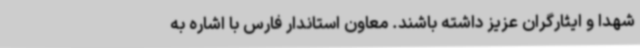
شهدا و ایثارگران عزیز داشته باشند. معاون استاندار فارس با اشاره به